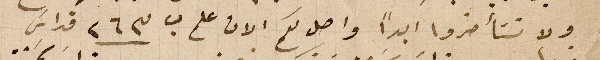
ولا تتأخروا ابداً واصل لكم الان علم ب ٢٦٣ قداس